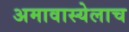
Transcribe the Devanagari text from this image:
अमावास्येलाच